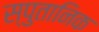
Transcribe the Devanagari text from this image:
स्पुतानिक